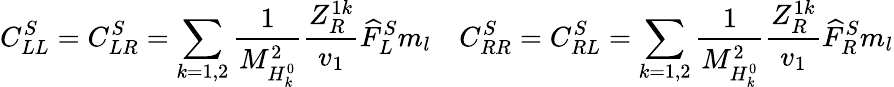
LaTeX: C_{LL}^{S}=C_{LR}^{S}=\sum_{k=1,2}{\frac{1}{M_{H_{k}^{0}}^{2}}}{\frac{Z_{R}^{1k}}{v_{1}}}\widehat{F}_{L}^{S}m_{l}~~~~C_{RR}^{S}=C_{RL}^{S}=\sum_{k=1,2}{\frac{1}{M_{H_{k}^{0}}^{2}}}{\frac{Z_{R}^{1k}}{v_{1}}}\widehat{F}_{R}^{S}m_{l}